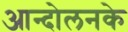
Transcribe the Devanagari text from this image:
आन्दोलनके